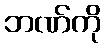
ဘဏ်ကို